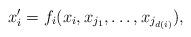
LaTeX: \begin{align*} x_i' = f_i(x_i, x_{j_1}, \ldots, x_{j_{d(i)}}), \end{align*}